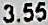
3.55